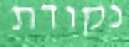
נקודת